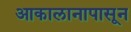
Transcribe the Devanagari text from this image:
आकालानापासून